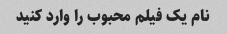
نام یک فیلم محبوب را وارد کنید